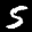
Label: 5